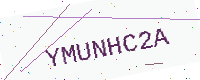
Text: YMUNHC2A